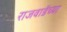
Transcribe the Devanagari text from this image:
राजवाडेंच्या